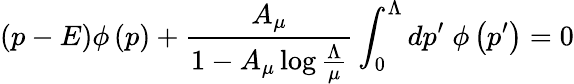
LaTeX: \left(p-E\right)\phi\left(p\right)+{\frac{A_{\mu}}{1-A_{\mu}\log{\frac{\Lambda}{\mu}}}}\int_{0}^{\Lambda}dp^{\prime}\; \phi\left(p^{\prime}\right)=0